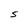
Character: s